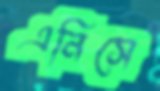
এনিসে